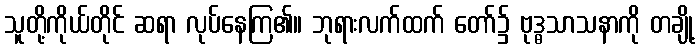
သူတို့ကိုယ်တိုင် ဆရာ လုပ်နေကြ၏။ ဘုရားလက်ထက် တော်၌ ဗုဒ္ဓသာသနာကို တချို့